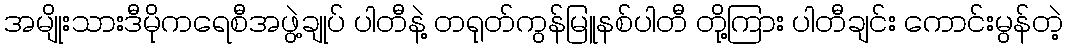
အမျိုးသားဒီမိုကရေစီအဖွဲ့ချုပ် ပါတီနဲ့ တရုတ်ကွန်မြူနစ်ပါတီ တို့ကြား ပါတီချင်း ကောင်းမွန်တဲ့